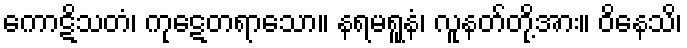
ကောဋိသတံ၊ ကုဋေတရာသော။ နရမရူနံ၊ လူနတ်တို့အား။ ဝိနေသိ၊